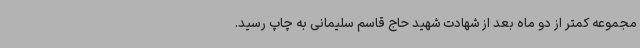
مجموعه کمتر از دو ماه بعد از شهادت شهید حاج قاسم سلیمانی به چاپ رسید.